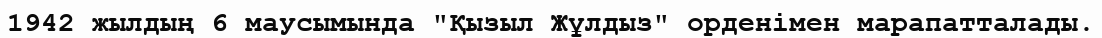
1942 жылдың 6 маусымында "Қызыл Жұлдыз" орденімен марапатталады.